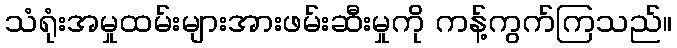
သံရုံးအမှုထမ်းများအားဖမ်းဆီးမှုကို ကန့်ကွက်ကြသည်။